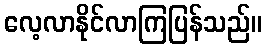
လေ့လာနိုင်လာကြပြန်သည်။